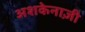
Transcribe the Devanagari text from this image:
अशकेनाज़ी